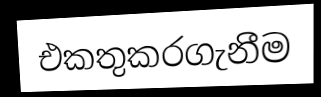
එකතුකරගැනීම